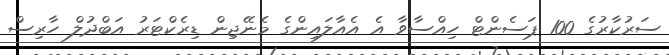
ސަރުކާރުގެ 100 ޕަސެންޓް ހިއްސާވާ އެ އެއާލައިންގެ މެނޭޖިން ޑިރެކްޓަރު އަބްދުލް ހާރިސް